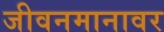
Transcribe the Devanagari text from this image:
जीवनमानावर